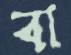
বা